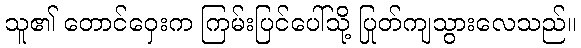
သူ၏ တောင်ဝှေးက ကြမ်းပြင်ပေါ်သို့ ပြုတ်ကျသွားလေသည်။